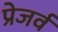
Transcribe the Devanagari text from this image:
प्रेजर्व